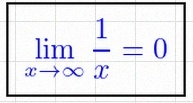
\lim_{x\to\infty}\frac{1}{x}=0